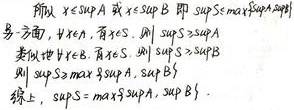
所以 \(x\leq\sup A\) 或 \(x\leq\sup B\)，即 \(\sup S\leq\max\{\sup A,\sup B\}\)。

另一方面，\(\forall x\in A\)，有 \(x\in S\)，则 \(\sup S\geq\sup A\)。类似地，\(\forall x\in B\)，有 \(x\in S\)，则 \(\sup S\geq\sup B\)。则 \(\sup S\geq\max\{\sup A,\sup B\}\)。

综上，\(\sup S = \max\{\sup A,\sup B\}\)。